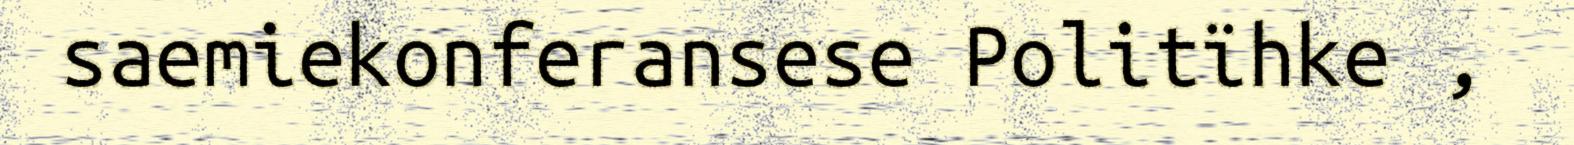
saemiekonferansese Politïhke ,